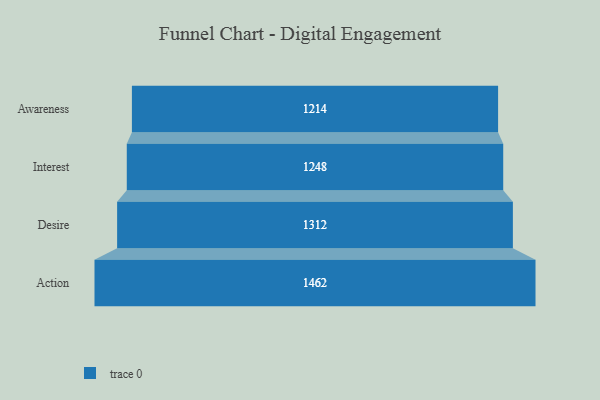
{"axis": {"x": "Stage", "y": "Value"}, "legend": [""], "data": [{"x": "Awareness", "y": 1214.0, "type": ""}, {"x": "Interest", "y": 1248.0, "type": ""}, {"x": "Desire", "y": 1312.0, "type": ""}, {"x": "Action", "y": 1462.0, "type": ""}]}